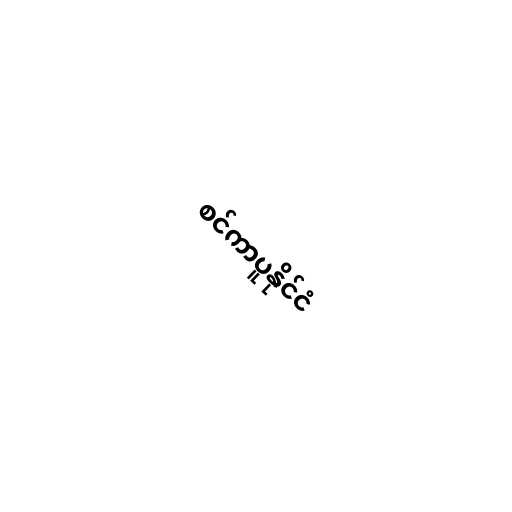
စင်ကာပူနိုင်ငံ